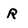
Character: R